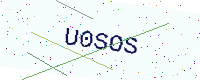
Text: U0SOS